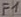
Text: F1